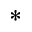
^ \ast